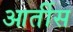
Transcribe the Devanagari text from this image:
आर्तीस